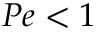
P e < 1